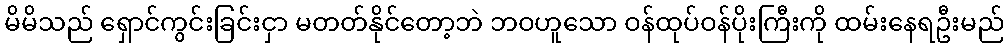
မိမိသည် ရှောင်ကွင်းခြင်းငှာ မတတ်နိုင်တော့ဘဲ ဘဝဟူသော ဝန်ထုပ်ဝန်ပိုးကြီးကို ထမ်းနေရဦးမည်